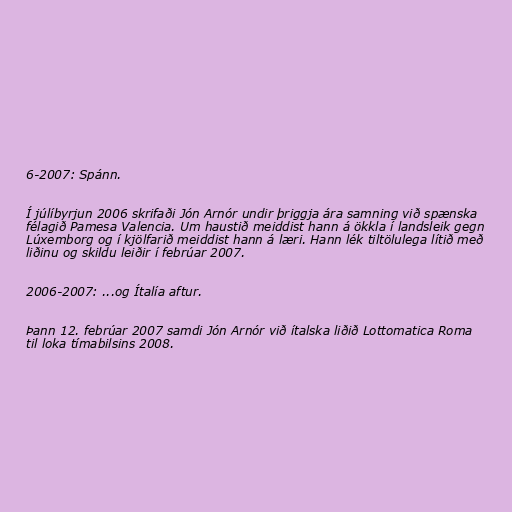
6-2007: Spánn.

Í júlíbyrjun 2006 skrifaði Jón Arnór undir þriggja ára samning við spænska
félagið Pamesa Valencia. Um haustið meiddist hann á ökkla í landsleik gegn
Lúxemborg og í kjölfarið meiddist hann á læri. Hann lék tiltölulega lítið með
liðinu og skildu leiðir í febrúar 2007.

2006-2007: ...og Ítalía aftur.

Þann 12. febrúar 2007 samdi Jón Arnór við ítalska liðið Lottomatica Roma
til loka tímabilsins 2008.